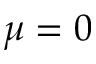
\mu = 0